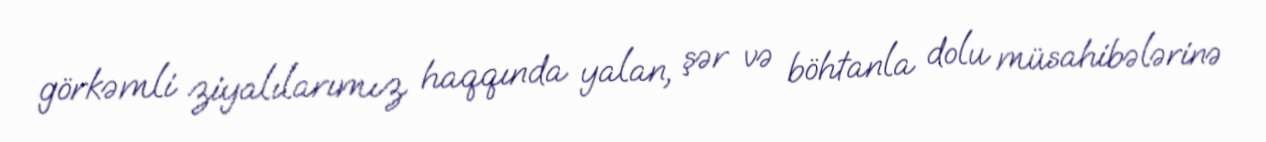
görkəmli ziyalılarımız haqqında yalan, şər və böhtanla dolu müsahibələrinə